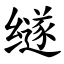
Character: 䍁